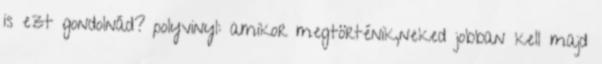
is ezt gondolnád? polyvinyl: amikor megtörténik,neked jobban kell majd